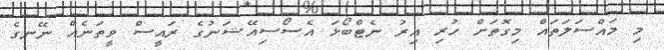
މި މައްސަލަތައް މިގޮތަށް ހުރި އިރު ނެޓްބޯޅަ އެސޯސިއޭޝަނުގެ ރައީސް ވީތަނެއް ނޭނގެ